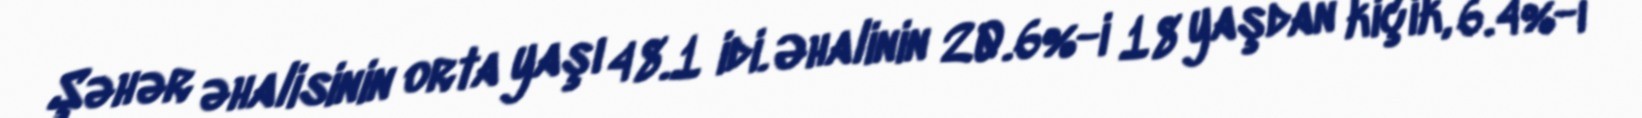
Şəhər əhalisinin orta yaşı 48.1 idi. Əhalinin 20.6%-i 18 yaşdan kiçik, 6.4%-i